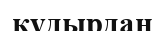
құдырдан